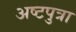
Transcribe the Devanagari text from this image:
अष्टपुत्रा